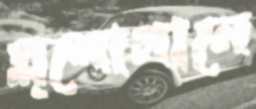
স্ল্লোগানে